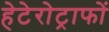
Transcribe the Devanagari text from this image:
हेटेरोट्राफों